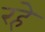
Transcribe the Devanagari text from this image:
रहेे